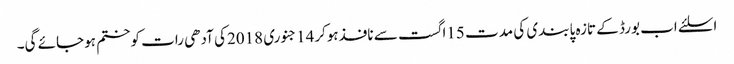
اسلئے اب بورڈ کے تازہ پابندی کی مدت 15اگست سے نافذہوکر14جنوری 2018کی آدھی رات کوختم ہوجائے گی۔